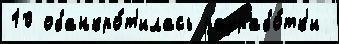
10 обанкро́т'илась разрабо́тк'и